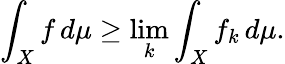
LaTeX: \int_{X}f\, d\mu\geq\operatorname*{lim}_{k}\int_{X}f_{k}\, d\mu.